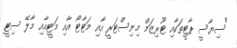
"ސިޔާސީ ޕާޓީތަކާއި ޓޫރިޒަމް މިނިސްޓަރީ އާއި މަޓާޓޯ އާއި މަޓީއާއި މާލޭ ސިޓީ